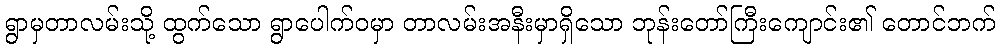
ရွာမှတာလမ်းသို့ ထွက်သော ရွာပေါက်ဝမှာ တာလမ်းအနီးမှာရှိသော ဘုန်းတော်ကြီးကျောင်း၏ တောင်ဘက်